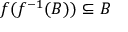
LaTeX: f ( f ^ { - 1 } ( B ) ) \subseteq B